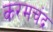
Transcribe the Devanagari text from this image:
करमचंद्र